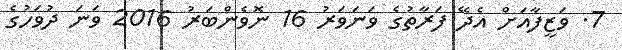
7. ވަޒީފާއަށް އެދޭ ފަރާތުގެ ވަނަވަރު 16 ނޮވެންބަރު 2016 ވަނަ ދުވަހުގެ